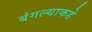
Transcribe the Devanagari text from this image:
बंगल्याकडे